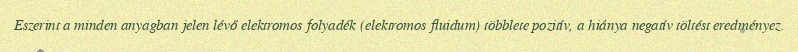
Eszerint a minden anyagban jelen lévő elektromos folyadék (elektromos fluidum) többlete pozitív, a hiánya negatív töltést eredményez.